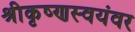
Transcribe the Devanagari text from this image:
श्रीकृष्णस्वयंवर